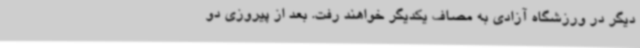
دیگر در ورزشگاه آزادی به مصاف یکدیگر خواهند رفت. بعد از پیروزی دو